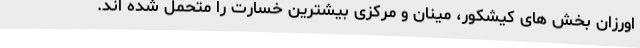
اورزان بخش های کیشکور، مینان و مرکزی بیشترین خسارت را متحمل شده اند.